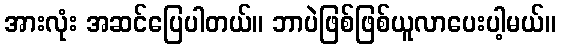
အားလုံး အဆင်ပြေပါတယ်။ ဘာပဲဖြစ်ဖြစ်ယူလာပေးပါ့မယ်။